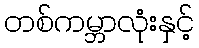
တစ်ကမ္ဘာလုံးနှင့်